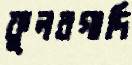
ফুলবগাদি